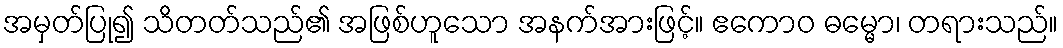
အမှတ်ပြု၍ သိတတ်သည်၏ အဖြစ်ဟူသော အနက်အားဖြင့်။ ဧကောဝ ဓမ္မော၊ တရားသည်။